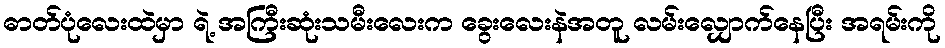
ဓာတ်ပုံလေးထဲမှာ ရဲ့ အကြီးဆုံးသမီးလေးက ခွေးလေးနဲအတူ လမ်းလျှောက်နေပြီး အရမ်းကို